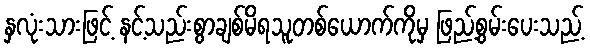
နှလုံးသားဖြင့် နင့်သည်းစွာချစ်မိရသူတစ်ယောက်ကိုမှ ဖြည့်စွမ်းပေးသည့်